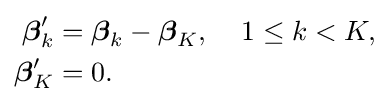
{\begin{aligned}{\boldsymbol {\beta }}'_{k}&={\boldsymbol {\beta }}_{k}-{\boldsymbol {\beta }}_{K},\;\;\;\;1\leq k<K,\\{\boldsymbol {\beta }}'_{K}&=0.\end{aligned}}